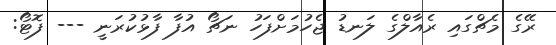
ރޭގެ މެޗްގައި ރެއާލްގެ ލަނޑު ޖެހުމަށްފަހު ނަޗޯ އުފާ ފާޅުކުރަނީ --- ފޮޓޯ: